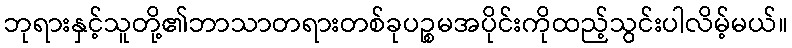
ဘုရားနှင့်သူတို့၏ဘာသာတရားတစ်ခုပဉ္စမအပိုင်းကိုထည့်သွင်းပါလိမ့်မယ်။